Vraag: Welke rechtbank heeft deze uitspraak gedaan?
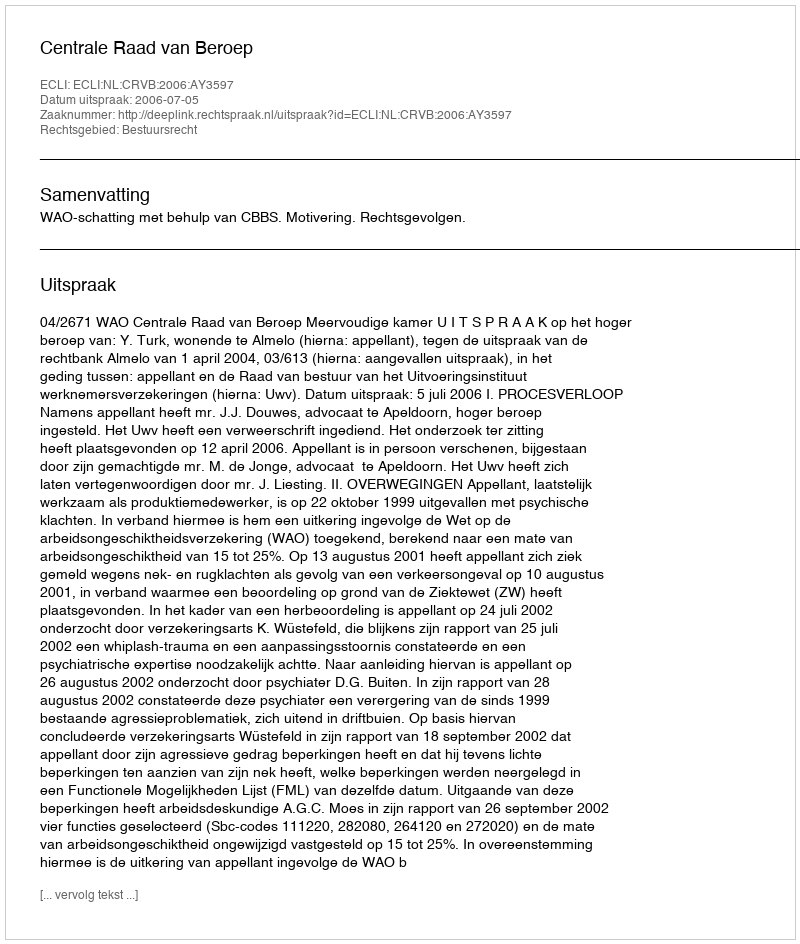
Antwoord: Centrale Raad van Beroep